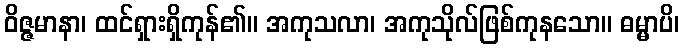
ဝိဇ္ဇမာနာ၊ ထင်ရှားရှိကုန်၏။ အကုသလာ၊ အကုသိုလ်ဖြစ်ကုနသော။ ဓမ္မာပိ၊